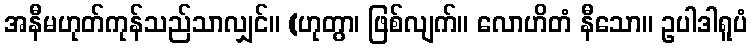
အနီမဟုတ်ကုန်သည်သာလျှင်။ (ဟုတွာ၊ ဖြစ်လျက်။ လောဟိတံ နီသော။ ဥပါဒါရူပံ